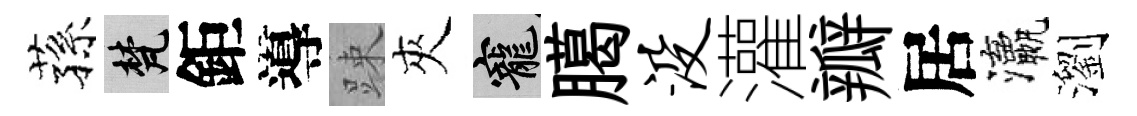
蓀梵鉅導踈夾寵臈没灌瓣居瀛瀏